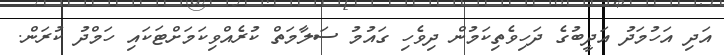
އަދި އަހުމަދު އަދީބުގެ ދަހިވެތިކަމުން ދިވެހި ގައުމު ސަލާމަތް ކުރެއްވިކަމަށްޓަކައި ހަމްދު ކުރަން.